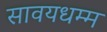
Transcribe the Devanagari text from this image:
सावयधम्म